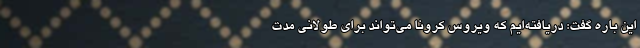
این باره گفت: دریافته‌‌ایم که ویروس کرونا می‌تواند برای طولانی مدت